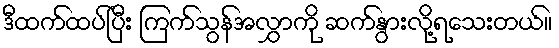
ဒီထက်ထပ်ပြီး ကြက်သွန်အလွှာကို ဆက်နွားလို့ရသေးတယ်။